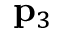
{ \bf p } _ { 3 }